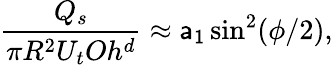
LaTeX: \frac{Q_{s}}{\pi R^{2}U_{t}Oh^{d}}\approx\mathsf{a_{1}}\sin^{2}(\phi/2),